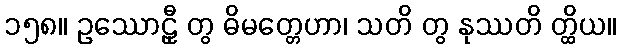
၁၅၈။ ဥဿောဠှီ တွ ဓိမတ္တေဟာ၊ သတိ တွ နုဿတိ တ္ထိယ။